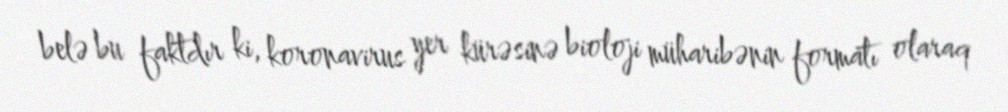
belə bu faktdır ki, koronavirus yer kürəsinə bioloji müharibənin formatı olaraq